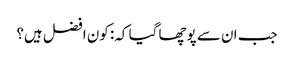
جب ان سے پوچھا گیا کہ: کون افضل ہیں؟